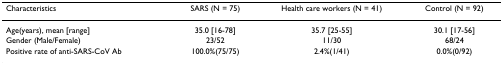
<table><thead><tr><td><b>Characteristics</b></td><td><b>SARS (N = 75)</b></td><td><b>Health care workers (N = 41)</b></td><td><b>Control (N = 92)</b></td></tr></thead><tbody><tr><td>Age(years), mean [range]</td><td>35.0 [16-78]</td><td>35.7 [25-55]</td><td>30.1 [17-56]</td></tr><tr><td>Gender (Male/Female)</td><td>23/52</td><td>11/30</td><td>68/24</td></tr><tr><td>Positive rate of anti-SARS-CoV Ab</td><td>100.0%(75/75)</td><td>2.4%(1/41)</td><td>0.0%(0/92)</td></tr></tbody></table>